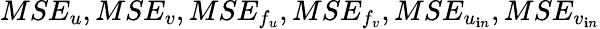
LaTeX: MSE_{u},MSE_{v},MSE_{f_{u}},MSE_{f_{v}},MSE_{u_{\mathbf{i}n}},MSE_{v_{\mathbf{i}n}}